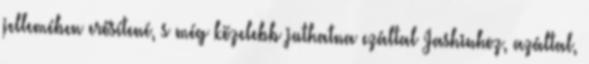
jellemében erősítené, s még közelebb juthatna ezáltal Jashinhoz, azáltal,